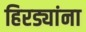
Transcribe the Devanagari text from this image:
हिरड्यांना